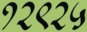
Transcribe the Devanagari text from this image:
१२९२५